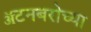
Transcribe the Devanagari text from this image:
ॲटनबरोच्या